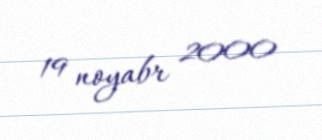
19 noyabr 2000